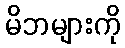
မိဘများကို